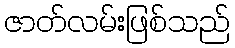
ဇာတ်လမ်းဖြစ်သည်